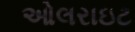
ઓલરાઇટ